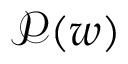
\mathcal { P } ( w )